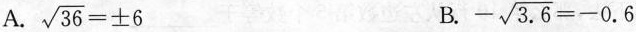
A. $$\sqrt { 3 6 } = ± 6$$ B. $$- \sqrt { 3 . 6 } = - 0 . 6$$